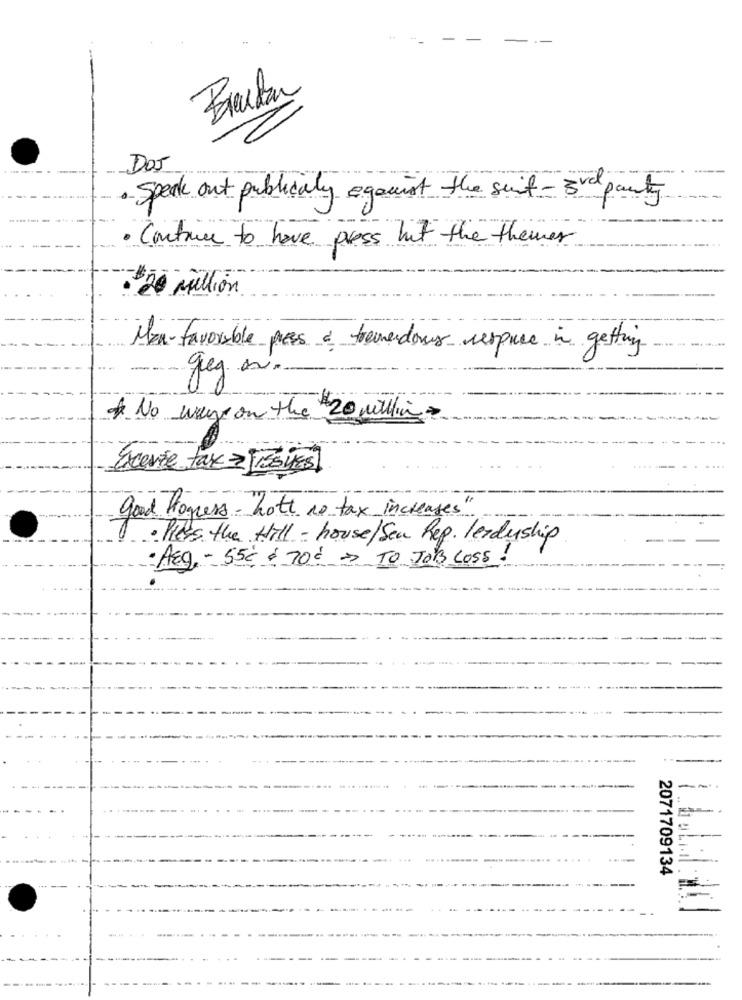
Bracken
Dos
Speak out publicaly against the suit - 3rd party
· Contrac to have press hit the themer
: $20 Million
Mon-favorable press & tremendous respire in getting
geg ani.
* No way on the $20 million
good Hogress - hott no tax increases"
· Press the Hill - house/Sen Rep. Perduship
Aeg - 55℃ $ 70€ > TO JOB LOSS
---
2071709134